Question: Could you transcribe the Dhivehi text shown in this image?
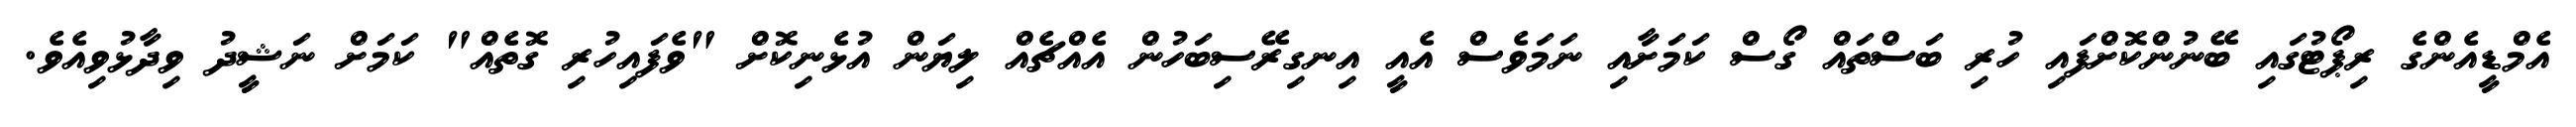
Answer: އެމްޑީއެންގެ ރިޕޯޓުގައި ބޭނުންކޮށްފައި ހުރި ބަސްތައް ގޯސް ކަމަށާއި ނަމަވެސް އެއީ އިނގިރޭސިބަހުން އެއްޗެއް ލިޔަން އުޅެނިކޮށް "ވެފައިހުރި ގޮތެއް" ކަމަށް ނަޝީދު ވިދާޅުވިއެވެ.